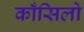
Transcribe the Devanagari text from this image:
काँसिलो